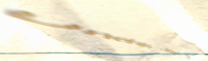
Under New Mgmt